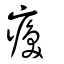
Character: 瘓